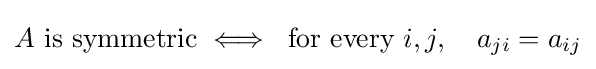
A{\text{ is symmetric}}\iff {\text{ for every }}i,j,\quad a_{ji}=a_{ij}